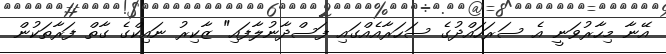
އޭނާ މިހާރުވަނީ އެ ސަރަހައްދުގެ ސަހަރާއެއްގައި ފަސްދާނުލާފައި" ޒާކިރު ނައިކްގެ ގާތް ފަރާތަކުން